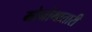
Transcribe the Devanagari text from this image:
मोनोगातारी